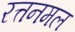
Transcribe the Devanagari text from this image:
रत्तनमल